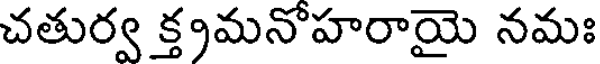
చతుర్వ క్త్రమనోహరాయై నమః